Civil Veterinary Dept. Bombay admin report 1907-1913 - 1907-1913
Year: 1907
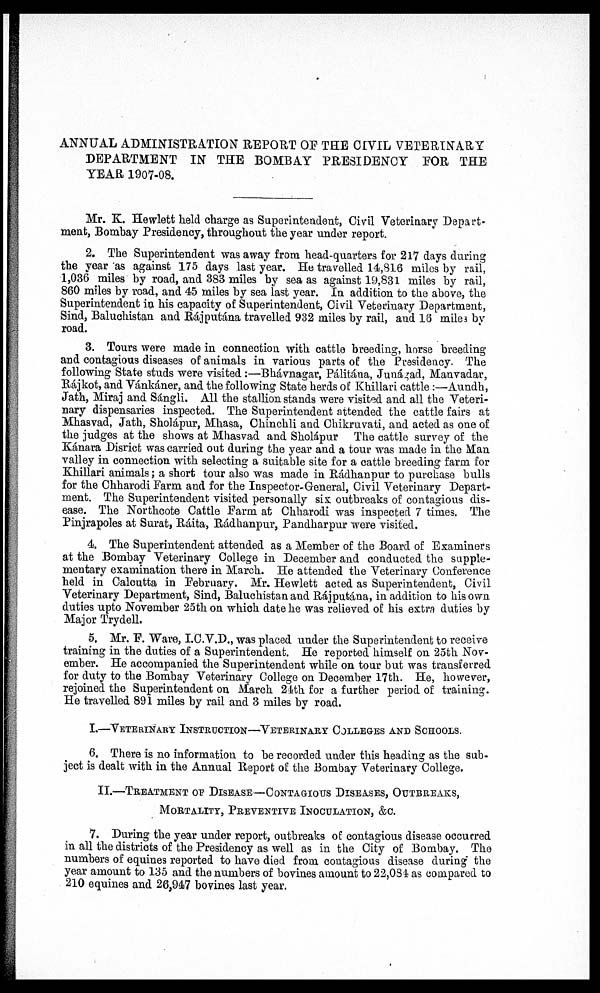
ANNUAL ADMINISTRATION REPORT OF THE CIVIL VETERINARY
DEPARTMENT IN THE BOMBAY PRESIDENCY FOR THE
YEAR 1907-08.
Mr. K. Hewlett held charge as Superintendent, Civil Veterinary Depart-
ment, Bombay Presidency, throughout the year under report.
2. The Superintendent was away from head-quarters for 2l7 days during
the year as against 175 days last year. He travelled 14,816 miles by rail,
1,036 miles by road, and 383 miles by sea as against 19,831 miles by rail,
860 miles by road, and 45 miles by sea last year. In addition to the above, the
Superintendent in his capacity of Superintendent, Civil Veterinary Department,
Sind, Baluchistan and Rájputána travelled 932 miles by rail, and 18 mile3 by
road.
3. Tours were made in connection with cattle breeding, horse breeding
and contagious diseases of animals in various parts of the Presidency. The
following State studs were visited:—Bhávnagar, Pálitána, Junágad, Manvadar,
Rájkot, and Vánkáner, and the following State herds of Khillari cattle:—Aundh,
Jath, Miraj and Sángli. All the stallion stands were visited and all the Veteri-
nary dispensaries inspected. The Superintendent attended the cattle fairs at
Mhasvad, Jath, Sholápur, Mhasa, Chinchli and Chikruvati, and acted as one of
the judges at the shows at Mhasvad and Sholápur The cattle survey of the
Kánara Disrict was carried out during the year and a tour was made in the Man
valley in connection with selecting a suitable site for a cattle breeding farm for
Khillari animals; a short tour also was made in Rádhanpur to purchase bulls
for the Chharodi Farm and for the Inspector-General, Civil Veterinary Depart-
ment. The Superintendent visited personally six outbreaks of contagious dis-
ease. The Northcote Cattle Farm at Chharodi was inspected 7 times. The
Pinjrapoles at Surat, Ráita, Rádhanpur, Pandharpur were visited.
4. The Superintendent attended as a Member of the Board of Examiners
at the Bombay Veterinary College in December and conducted the supple-
mentary examination there in March. He attended the Veterinary Conference
held in Calcutta in February. Mr. Hewlett acted as Superintendent, Civil
Veterinary Department, Sind, Baluchistan and Rájputána, in addition to his own
duties upto November 25th on which date he was relieved of his extra duties by
Major Trydell.
5. Mr. F. Ware, I.C.V.D., was placed under the Superintendent to receive
training in the duties of a Superintendent. He reported himself on 25th Nov-
ember. He accompanied the Superintendent while on tour but was transferred
for duty to the Bombay Veterinary College on December 17th. He, however,
rejoined the Superintendent on March 24th for a further period of training.
He travelled 891 miles by rail and 3 miles by road.
I.—VETERINARY INSTRUCTION—VETERINARY COLLEGES AND SCHOOLS.
6. There is no information to be recorded under this heading as the sub-
ject is dealt with in the Annual Report of the Bombay Veterinary College.
II.—TREATMENT OF DISEASE—CONTAGIOUS DISEASES, OUTBREAKS,
MORTALITY, PREVENTIVE INOCULATION, &C.
7. During the year under report, outbreaks of contagious disease occurred
in all the districts of the Presidency as well as in the City of Bombay. The
numbers of equines reported to have died from contagious disease during the
year amount to 135 and the numbers of bovines amount to 22,084 as compared to
210 equines and 26,947 bovines last year.